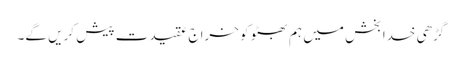
گڑھی خدا بخش میں ہم بھٹو کو خراج عقیدت پیش کریں گے۔